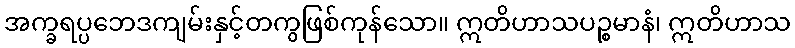
အက္ခရပ္ပဘေဒကျမ်းနှင့်တကွဖြစ်ကုန်သော။ ဣတိဟာသပဉ္စမာနံ၊ ဣတိဟာသ